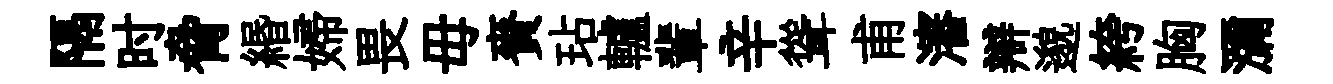
隔时脅緡婦畏毋賚玷轤輩辛聳甫瀋辯邈絝胸瀰